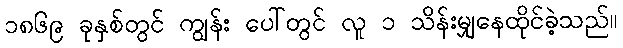
၁၈၆၉ ခုနှစ်တွင် ကျွန်း ပေါ်တွင် လူ ၁ သိန်းမျှနေထိုင်ခဲ့သည်။